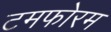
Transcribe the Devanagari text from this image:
टमफोरम